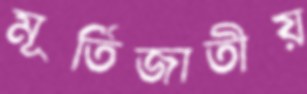
মূর্তিজাতীয়